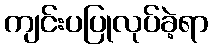
ကျင်းပပြုလုပ်ခဲ့ရာ